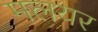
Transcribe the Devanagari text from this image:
मलयर